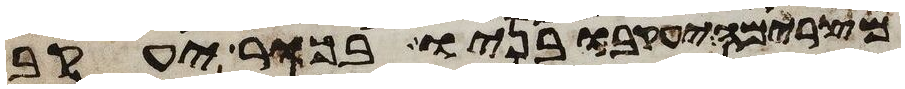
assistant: מצרימה יעקב ובניו בכור יעקב